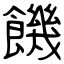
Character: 饑